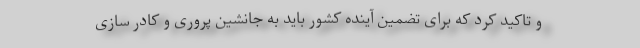
و تاکید کرد که برای تضمین آینده کشور باید به جانشین پروری و کادر سازی